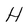
Character: H